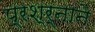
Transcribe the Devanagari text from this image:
प्रश्र्नाने